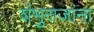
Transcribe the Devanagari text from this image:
शंभुराजांना